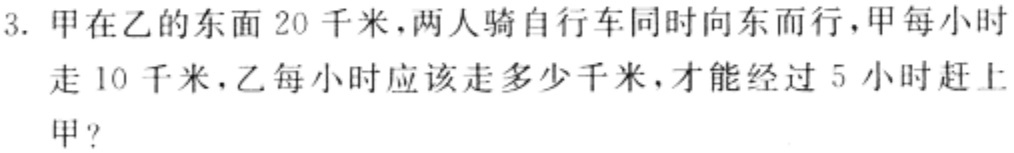
3. 甲在乙的东面20千米，两人骑自行车同时向东而行，甲每小时走10千米，乙每小时应该走多少千米，才能经过5小时赶上甲？